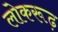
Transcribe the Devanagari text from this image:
लोकरूढ़